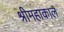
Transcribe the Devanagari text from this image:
श्रीमहाकाल